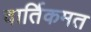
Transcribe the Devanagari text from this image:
वार्तिकमत